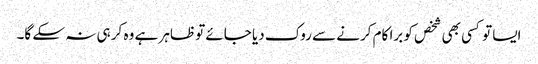
ایسا تو کسی بھی شخص کو برا کام کرنے سے روک دیا جائے تو ظاہر ہے وہ کر ہی نہ سکے گا۔